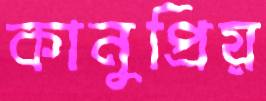
কানুপ্রিয়